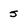
Character: 5